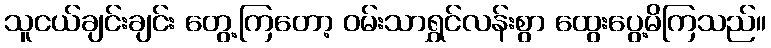
သူငယ်ချင်းချင်း တွေ့ကြတော့ ဝမ်းသာရွှင်လန်းစွာ ထွေးပွေ့မိကြသည်။